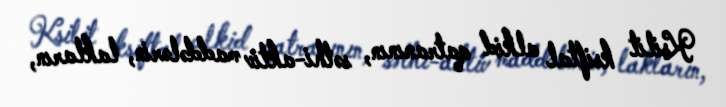
Ksilit ksiftal alkid qatranının, səthi-aktiv maddələrin, lakların,